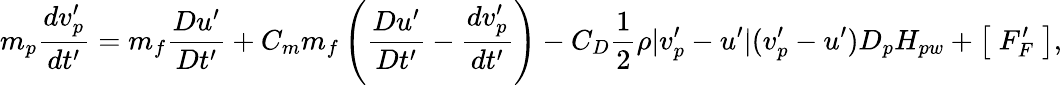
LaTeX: m_{p}\frac{dv_{p}^{\prime}}{dt^{\prime}}=m_{f}\frac{Du^{\prime}}{Dt^{\prime}}+C_{m}m_{f}\left(\frac{Du^{\prime}}{Dt^{\prime}}-\frac{dv_{p}^{\prime}}{dt^{\prime}}\right)-C_{D}\frac{1}{2}\rho|v_{p}^{\prime}-u^{\prime}|(v_{p}^{\prime}-u^{\prime})D_{p}H_{pw}+\left[\; F_{F}^{\prime}\; \right],